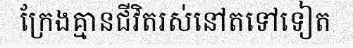
ក្រែងគ្មានជីវិតរស់នៅតទៅទៀត